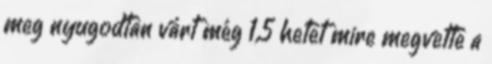
meg nyugodtan várt még 1,5 hetet mire megvette a